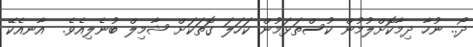
ދޯ.. ނުހާ ދިމާކޮށްލުމުން ކުސްތަޅަމުން ކަހަލަ ގޮތަކަށް ޝާމިލް ބުނެލިއެވެ.  އާނއެކޭ